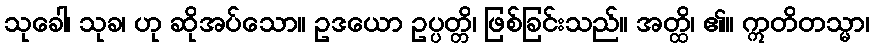
သုခေါ၊ သုခ၊ ဟု ဆိုအပ်သော။ ဥဒယော ဥပ္ပတ္တိ၊ ဖြစ်ခြင်းသည်။ အတ္ထိ၊ ၏။ ဣတိတသ္မာ၊